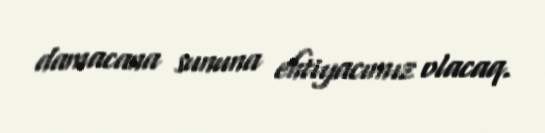
damacana sununa ehtiyacımız olacaq.